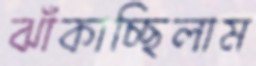
ঝাঁকাচ্ছিলাম